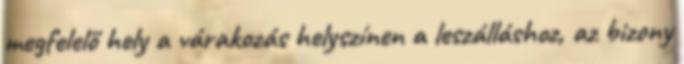
megfelelő hely a várakozás helyszínen a leszálláshoz, az bizony